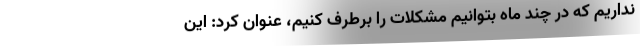
نداریم که در چند ماه بتوانیم مشکلات را برطرف کنیم، عنوان کرد: این